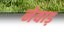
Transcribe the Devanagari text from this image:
नेवाड़